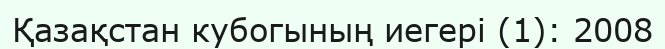
Қазақстан кубогының иегері (1): 2008